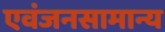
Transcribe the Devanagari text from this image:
एवंजनसामान्य